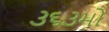
૩૬૩મો